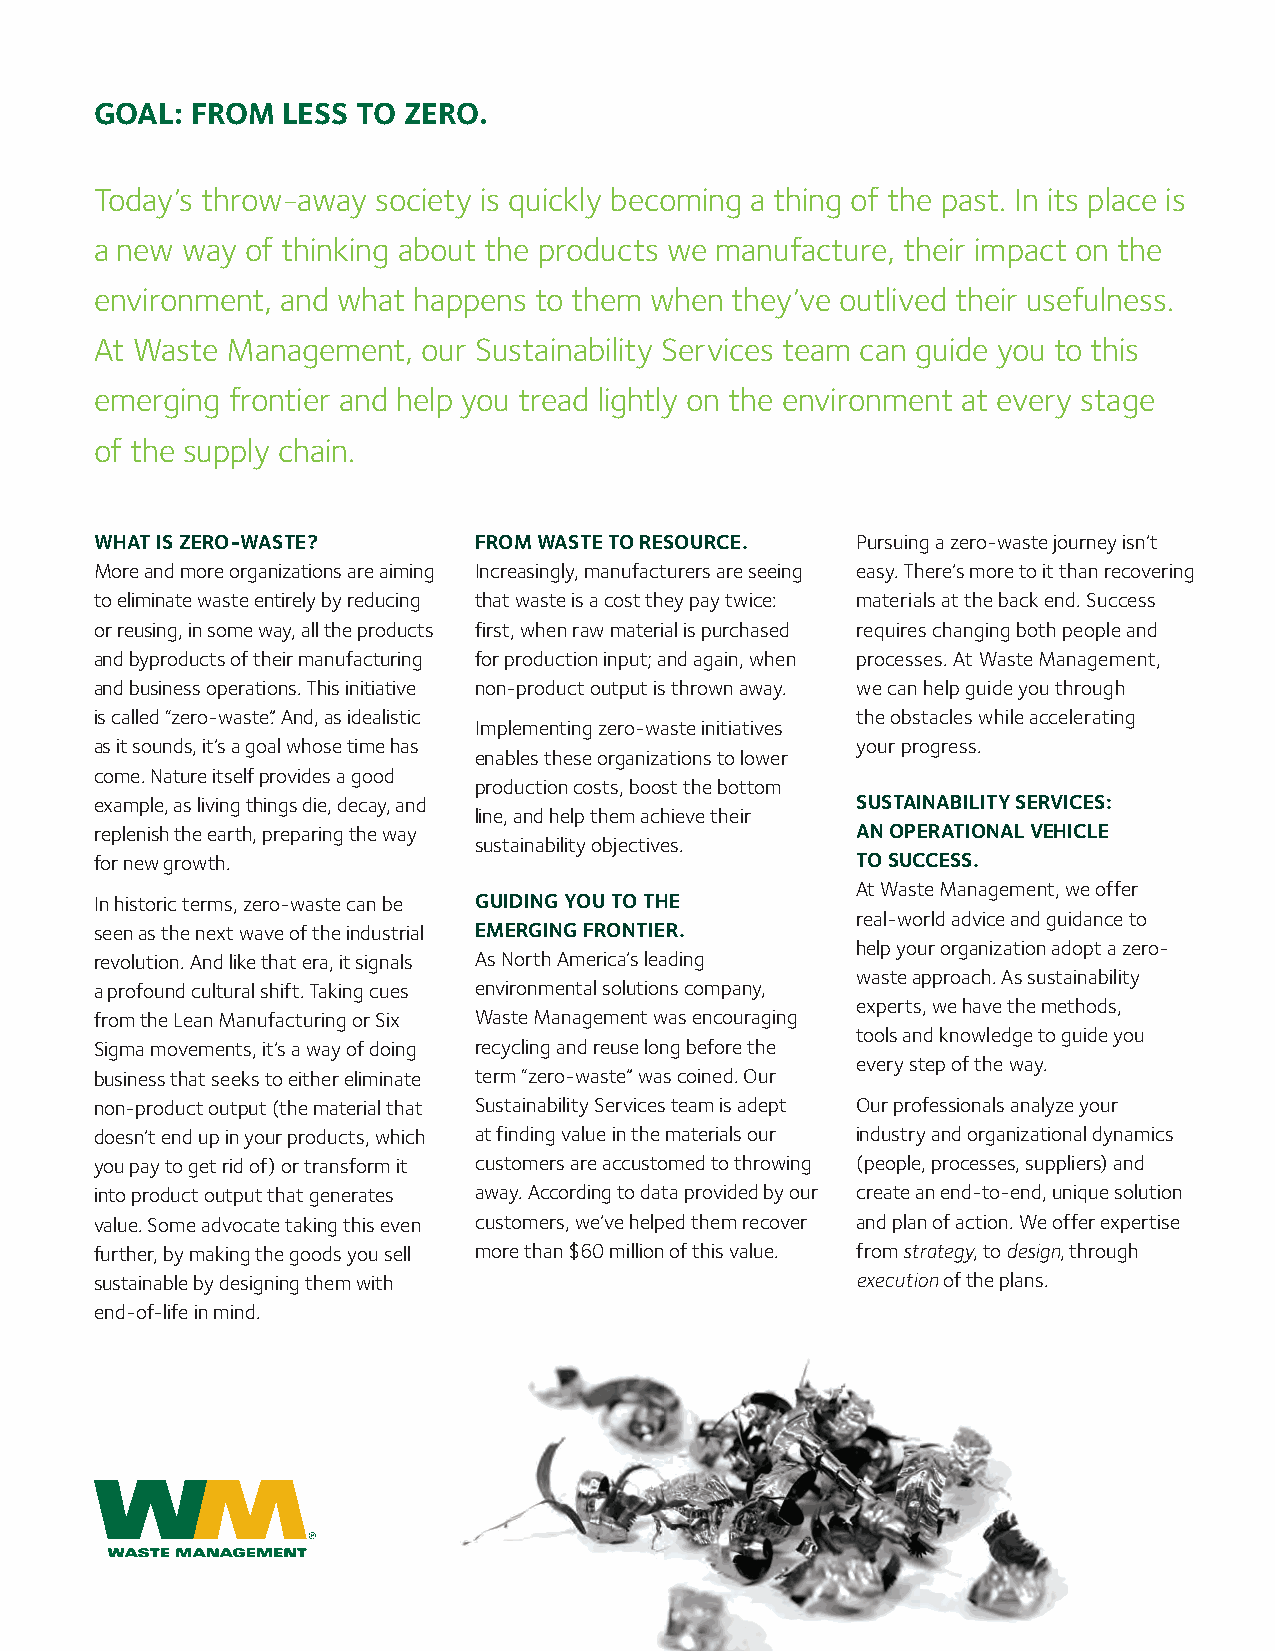
goal:  from  less To Zero.
 Today’s throw-away society is quickly becoming a thing of the past. In its place is
 a new way of thinking about the products we manufacture, their impact on the
 environment, and what happens to them when they’ve outlived their usefulness.
 At Waste Management,  our Sustainability Services team can guide you to this
 emerging frontier and help you tread lightly on the environment at every stage
 of the supply chain.
 whaT is Zero-wasTe?      from wasTe To resource.   Pursuing a zero-waste journey isn’t
 More and more organizations are aiming Increasingly, manufacturers are seeing easy. There’s more to it than recovering
 to eliminate waste entirely by reducing that waste is a cost they pay twice: materials at the back end. Success
 or reusing, in some way, all the products first, when raw material is purchased requires changing both people and
 and byproducts of their manufacturing for production input; and again, when processes. At Waste Management,
 and business operations. This initiative non-product output is thrown away. we can help guide you through
 is called “zero-waste.” And, as idealistic         the obstacles while accelerating
 Implementing zero-waste initiatives
 as it sounds, it’s a goal whose time has           your progress.
 enables these organizations to lower
 come. Nature itself provides a good
 production costs, boost the bottom
 example, as living things die, decay, and          susTainabiliTy services:
 line, and help them achieve their
 replenish the earth, preparing the way             an oPeraTional vehicle
 sustainability objectives.
 for new growth.                                    To success.
 At Waste Management, we offer
 In historic terms, zero-waste can be guiding you To The
 real-world advice and guidance to
 seen as the next wave of the industrial emerging fronTier.
 help your organization adopt a zero-
 revolution. And like that era, it signals As North America’s leading
 waste approach. As sustainability
 a profound cultural shift. Taking cues environmental solutions company,
 experts, we have the methods,
 from the Lean Manufacturing or Six Waste Management was encouraging
 tools and knowledge to guide you
 Sigma movements, it’s a way of doing recycling and reuse long before the
 every step of the way.
 business that seeks to either eliminate term “zero-waste” was coined. Our
 non-product output (the material that Sustainability Services team is adept Our professionals analyze your
 doesn’t end up in your products, which at finding value in the materials our industry and organizational dynamics
 you pay to get rid of) or transform it customers are accustomed to throwing (people, processes, suppliers) and
 into product output that generates away. According to data provided by our create an end-to-end, unique solution
 value. Some advocate taking this even customers, we’ve helped them recover and plan of action. We offer expertise
 further, by making the goods you sell more than $60 million of this value. from strategy, to design, through
 sustainable by designing them with                 execution of the plans.
 end-of-life in mind.
 THINK GREEN.